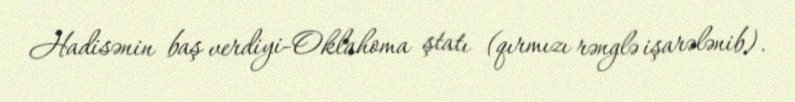
Hadisənin baş verdiyi-Oklahoma ştatı (qırmızı rənglə işarələnib).